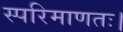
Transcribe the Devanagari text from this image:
स्परिमाणतः।